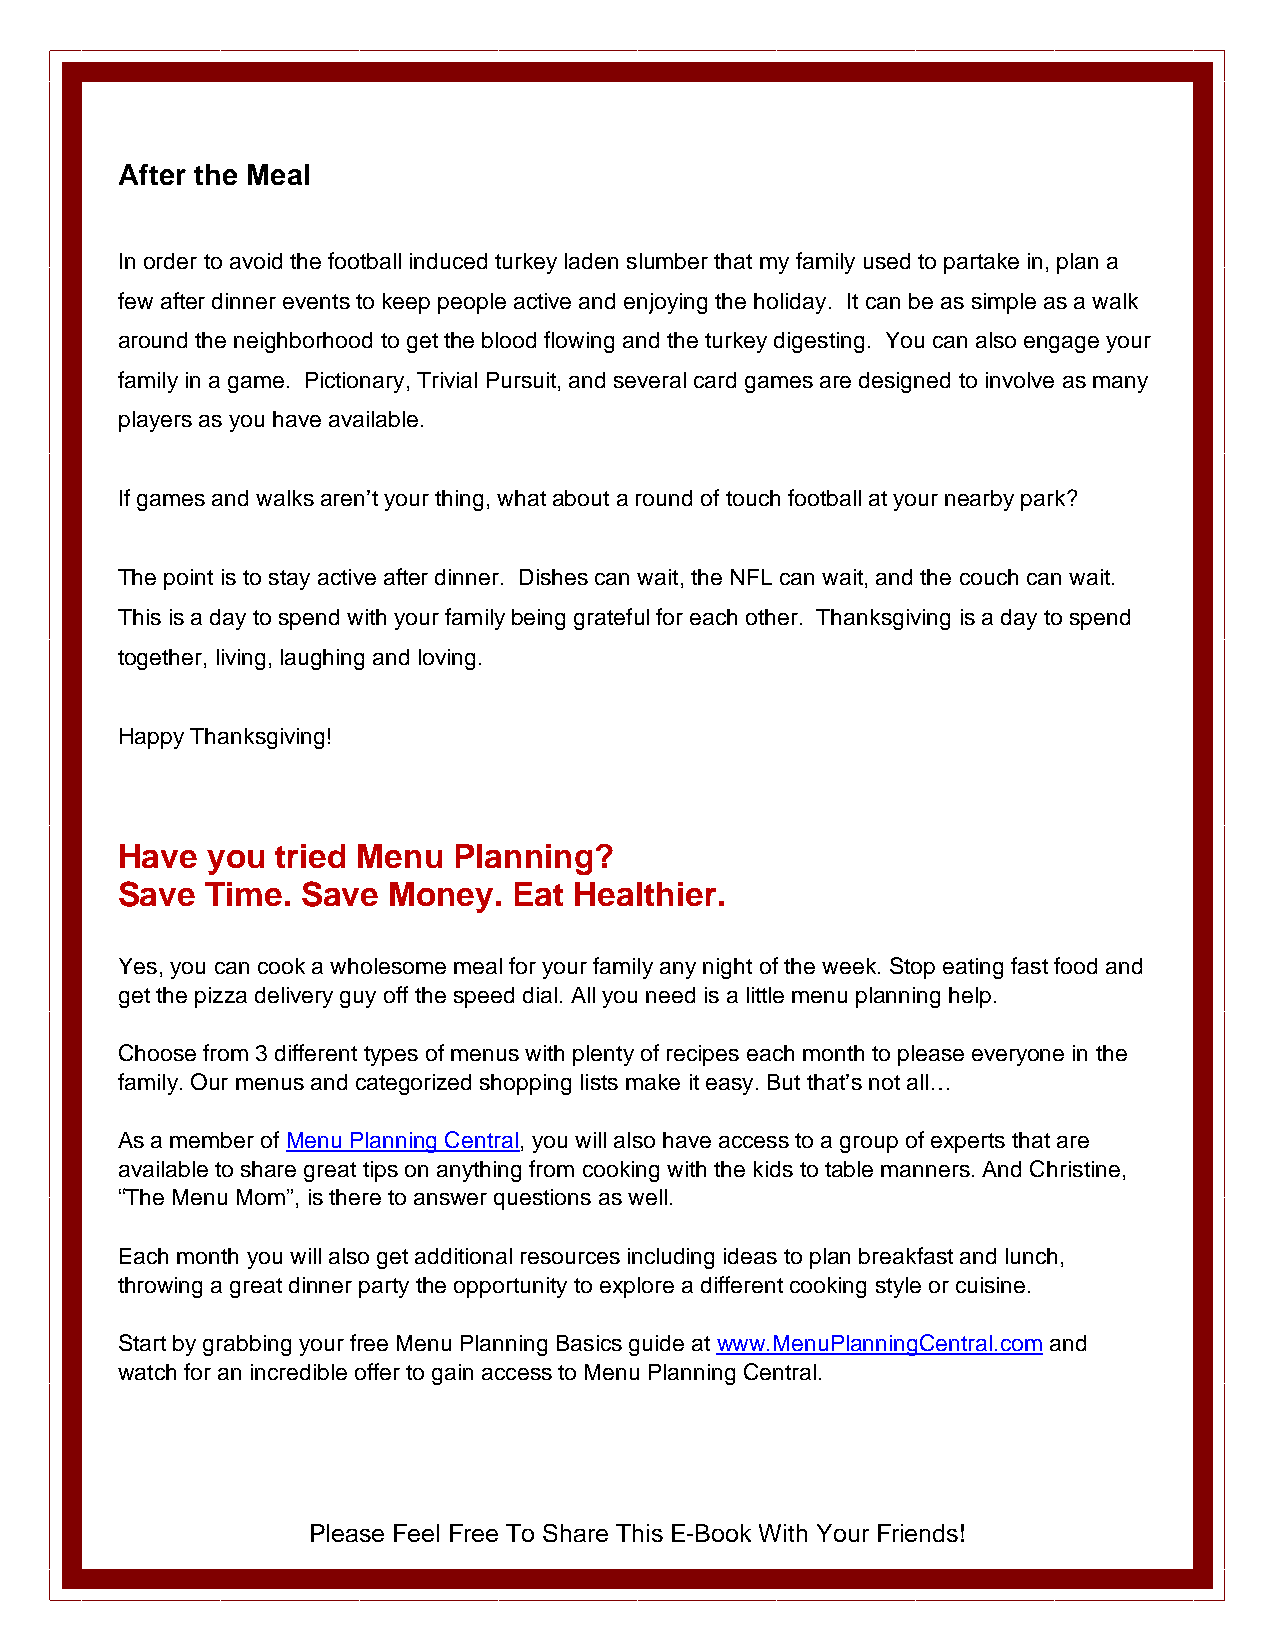
After the Meal
 In order to avoid the football induced turkey laden slumber that my family used to partake in, plan a
 few after dinner events to keep people active and enjoying the holiday. It can be as simple as a walk
 around the neighborhood to get the blood flowing and the turkey digesting. You can also engage your
 family in a game. Pictionary, Trivial Pursuit, and several card games are designed to involve as many
 players as you have available.
 If games and walks aren’t your thing, what about a round of touch football at your nearby park?
 The point is to stay active after dinner. Dishes can wait, the NFL can wait, and the couch can wait.
 This is a day to spend with your family being grateful for each other. Thanksgiving is a day to spend
 together, living, laughing and loving.
 Happy Thanksgiving!
 Have  you tried Menu  Planning?
 Save  Time. Save  Money.  Eat Healthier.
 Yes, you can cook a wholesome meal for your family any night of the week. Stop eating fast food and
 get the pizza delivery guy off the speed dial. All you need is a little menu planning help.
 Choose from 3 different types of menus with plenty of recipes each month to please everyone in the
 family. Our menus and categorized shopping lists make it easy. But that’s not all…
 As a member of Menu Planning Central, you will also have access to a group of experts that are
 available to share great tips on anything from cooking with the kids to table manners. And Christine,
 “The Menu Mom”, is there to answer questions as well.
 Each month you will also get additional resources including ideas to plan breakfast and lunch,
 throwing a great dinner party the opportunity to explore a different cooking style or cuisine.
 Start by grabbing your free Menu Planning Basics guide at www.MenuPlanningCentral.com and
 watch for an incredible offer to gain access to Menu Planning Central.
 Please Feel Free To Share This E-Book With Your Friends!